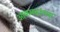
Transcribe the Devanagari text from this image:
आक्रमकांच्या